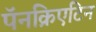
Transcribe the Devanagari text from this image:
पॅनक्रिएटिन